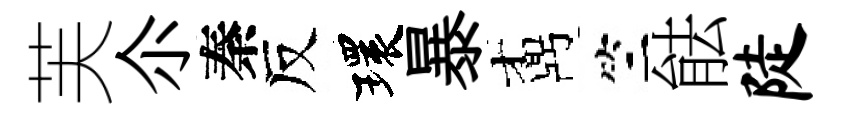
芙尒秦反環暴鼒竺䏻陡